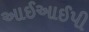
આઈઆઈપી